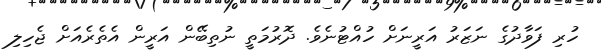
ހުރި ފަވާދުގެ ނަޒަރު އަރީނަށް ހުއްޓުނެވެ. ދޮރުމަތީ ނުތިބޭން އަރީން އެތެރެއަށް ޖެހިލި